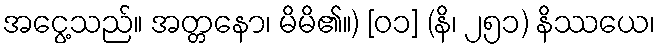
အငွေ့သည်။ အတ္တနော၊ မိမိ၏။) [၀၁] (နိ၊ ၂၅၁) နိဿယေ၊